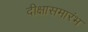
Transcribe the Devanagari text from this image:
दीक्षासमारंभ